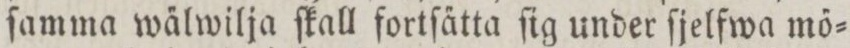
ſamma wa̋lwilja ſkall fortſa̋tta ſig under ſjelfwa mő=